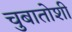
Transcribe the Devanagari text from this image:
चुबातोशी